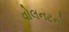
વોલનટનો